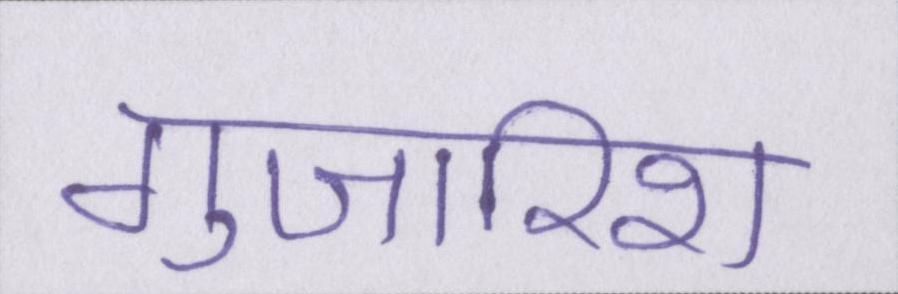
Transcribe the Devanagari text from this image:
गुजारिश